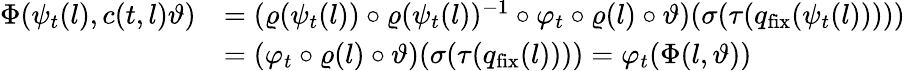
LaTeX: \begin{array}{rl}{\Phi(\psi_{t}(l),c(t,l)\vartheta)}&{=(\varrho(\psi_{t}(l))\circ\varrho(\psi_{t}(l))^{-1}\circ\varphi_{t}\circ\varrho(l)\circ\vartheta)(\sigma(\tau(q_{\mathrm{fix}}(\psi_{t}(l)))))}\\ &{=(\varphi_{t}\circ\varrho(l)\circ\vartheta)(\sigma(\tau(q_{\mathrm{fix}}(l))))=\varphi_{t}(\Phi(l,\vartheta))}\end{array}